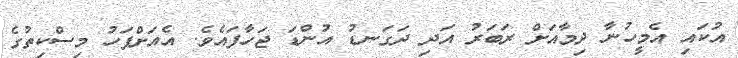
އުކައި އެމީހުނާ ދިމާއަށް ރަބަރު އަދި ދަގަނޑު އުންޑަ ޖަހާފައެވެ. އެއަށްފަހު މިސްކިތުގެ